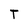
Character: T